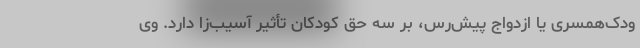
ودک‌همسری یا ازدواج پیش‌رس، بر سه حق کودکان تأثیر آسیب‌زا دارد. وی